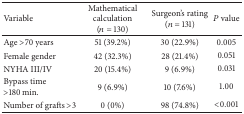
| Variable | Mathematical calculation (n = 130) | Surgeon's rating (n = 131) | P value |
 | --- | --- | --- | --- |
 | Age >70 years | 51 (39.2%) | 30 (22.9%) | 0.005 |
 | Female gender | 42 (32.3%) | 28 (21.4%) | 0.051 |
 | NYHA III/IV | 20 (15.4%) | 9 (6.9%) | 0.031 |
 | Bypass time >180 min. | 9 (6.9%) | 10 (7.6%) | 1.00 |
 | Number of grafts >3 | 0 (0%) | 98 (74.8%) | <0.001 |